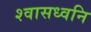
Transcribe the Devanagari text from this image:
श्वासध्वनि